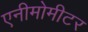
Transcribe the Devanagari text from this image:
एनीमोमीटर